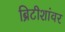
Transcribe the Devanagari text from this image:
ब्रिटीशांवर